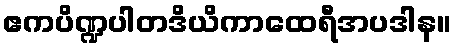
ဧကပိဏ္ဍပါတဒိယိကာထေရီအပဒါန။